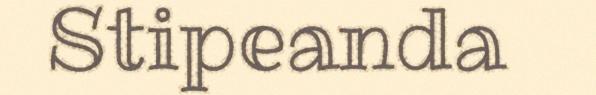
Stipeanda